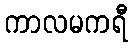
ကာလမကရီ